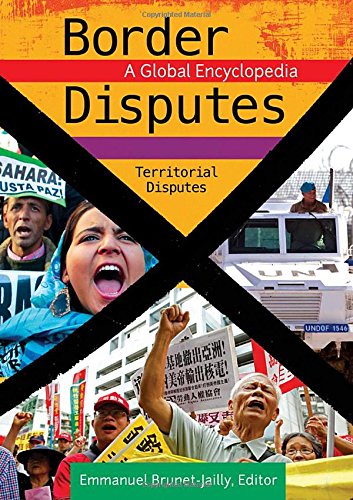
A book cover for Border Disputes [3 volumes]: A Global Encyclopedia; Emmanuel Brunet-Jailly; History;